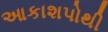
આકાશપોથી